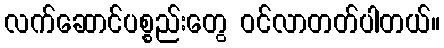
လက်ဆောင်ပစ္စည်းတွေ ဝင်လာတတ်ပါတယ်။